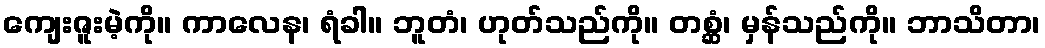
ကျေးဇူးမဲ့ကို။ ကာလေန၊ ရံခါ။ ဘူတံ၊ ဟုတ်သည်ကို။ တစ္ဆံ၊ မှန်သည်ကို။ ဘာသိတာ၊